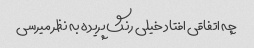
چه اتفاقی افتاد خیلی رنگ پریده به نظر میرسی